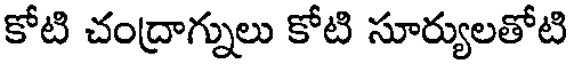
కోటి చంద్రాగ్నులు కోటి సూర్యులతోటి